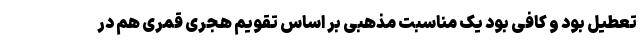
تعطیل بود و کافی بود یک مناسبت مذهبی بر اساس تقویم هجری قمری هم در